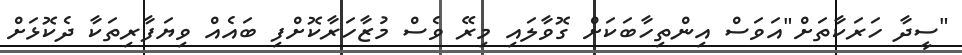
"ސީދާ ހަރަކާތަށް"އަވަސް އިންތިހާބަކަށް ގޮވާލައި މިރޭ ވެސް މުޒާހަރާކޮށްފި ބައެއް ވިޔަފާރިތަކާ ދެކޮޅަށް